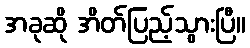
အခုဆို အိတ်ပြည့်သွားပြီ။